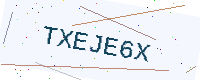
Text: TXEJE6X